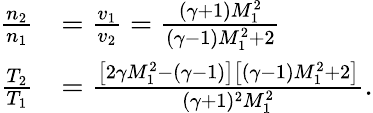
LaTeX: \begin{array}{rl}{\frac{n_{2}}{n_{1}}}&{=\frac{v_{1}}{v_{2}}=\frac{(\gamma+1)M_{1}^{2}}{(\gamma-1)M_{1}^{2}+2}}\\ {\frac{T_{2}}{T_{1}}}&{=\frac{\left[2\gamma M_{1}^{2}-(\gamma-1)\right]\left[(\gamma-1)M_{1}^{2}+2\right]}{(\gamma+1)^{2}M_{1}^{2}}.}\end{array}